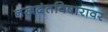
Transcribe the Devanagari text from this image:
नखदंतविषारावर